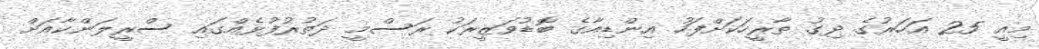
މިއީ 25 އަހަރުގެ ދިގު ތާރީހަކަށްފަހު އިންޑިއާގެ ބޮޑުވަޒީރަކު ރަސްމީ ދަތުރުފުޅެއްގައި ސްރީލަންކާއަށް